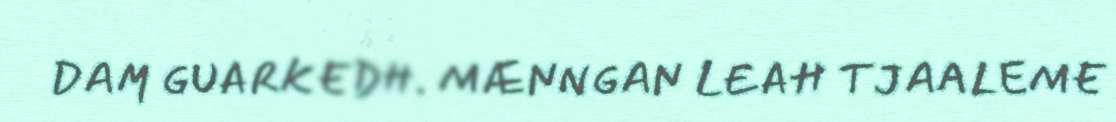
DAM GUARKEDH. MÆNNGAN LEAH TJAALEME